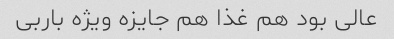
عالی بود هم غذا هم جایزه ویژه باربی